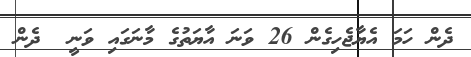
ދެން ހަމަ އެޔާޖެހިގެން 26 ވަނަ އާޔަތުގެ މާނަގައި ވަނީ  ދެން